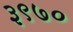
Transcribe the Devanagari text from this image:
३९७०